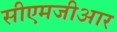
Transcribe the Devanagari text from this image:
सीएमजीआर